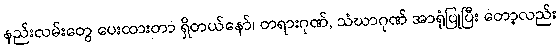
နည်းလမ်းတွေ ပေးထားတာ ရှိတယ်နော်၊ တရားဂုဏ်, သံဃာဂုဏ် အာရုံပြုပြီး တော့လည်း